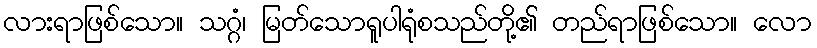
လားရာဖြစ်သော။ သဂ္ဂံ၊ မြတ်သောရူပါရုံစသည်တို့၏ တည်ရာဖြစ်သော။ လော